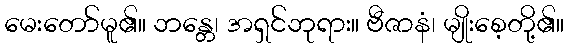
မေးတော်မူ၏။ ဘန္တေ၊ အရှင်ဘုရား။ ဗီဇာနံ၊ မျိုးစေ့တို့၏။